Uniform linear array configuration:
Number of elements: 24
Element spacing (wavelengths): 0.25
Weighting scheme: exponential
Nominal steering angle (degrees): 0
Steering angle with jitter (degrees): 0.4181
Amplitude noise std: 0.05
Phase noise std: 0.05

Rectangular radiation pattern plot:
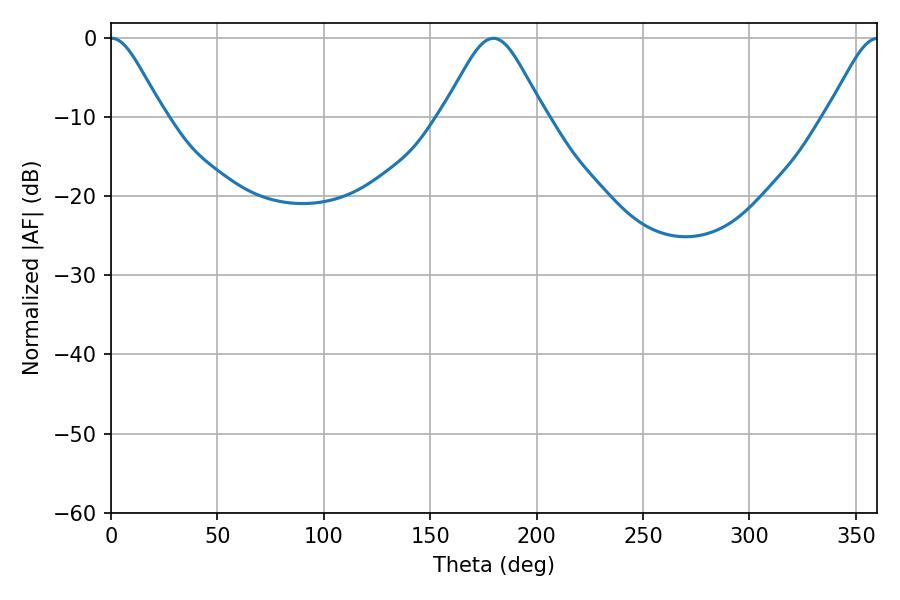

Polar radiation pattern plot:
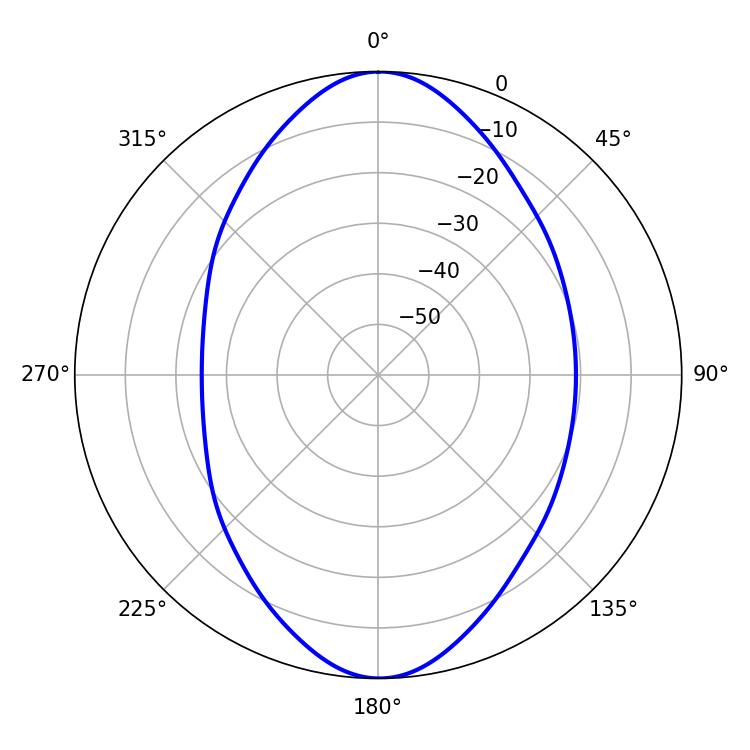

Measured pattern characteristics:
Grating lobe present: FALSE
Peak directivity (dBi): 20.751
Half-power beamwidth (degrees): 12.06
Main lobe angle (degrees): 0.36